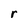
Character: r